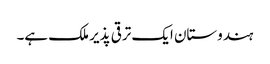
ہندوستان ایک ترقی پذیر ملک ہے۔